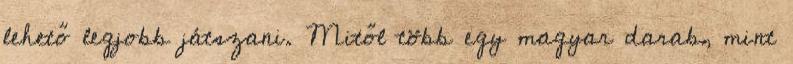
lehető legjobb játszani. Mitől több egy magyar darab, mint